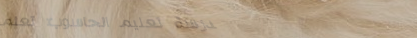
مدرسة تعليم الحاسوب: تعلم